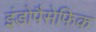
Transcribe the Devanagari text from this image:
इंडोपैसेफिक